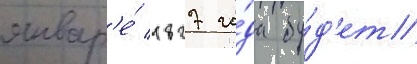
январ'е́ 1827 го́да бу́д'ет